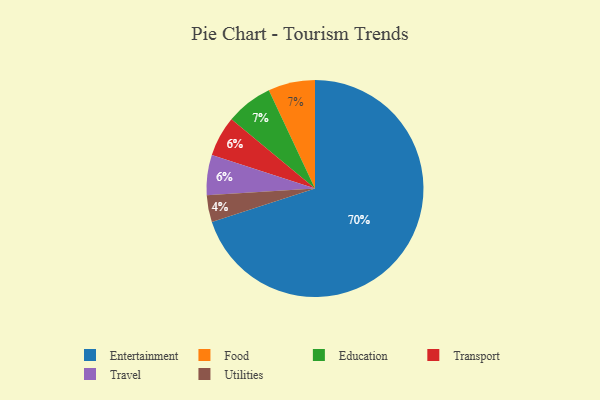
{"axis": {"x": "Category", "y": "Percentage"}, "legend": ["Education", "Entertainment", "Food", "Transport", "Travel", "Utilities"], "data": [{"x": "Entertainment", "y": 70, "type": "Entertainment"}, {"x": "Transport", "y": 6, "type": "Transport"}, {"x": "Utilities", "y": 4, "type": "Utilities"}, {"x": "Food", "y": 7, "type": "Food"}, {"x": "Education", "y": 7, "type": "Education"}, {"x": "Travel", "y": 6, "type": "Travel"}]}